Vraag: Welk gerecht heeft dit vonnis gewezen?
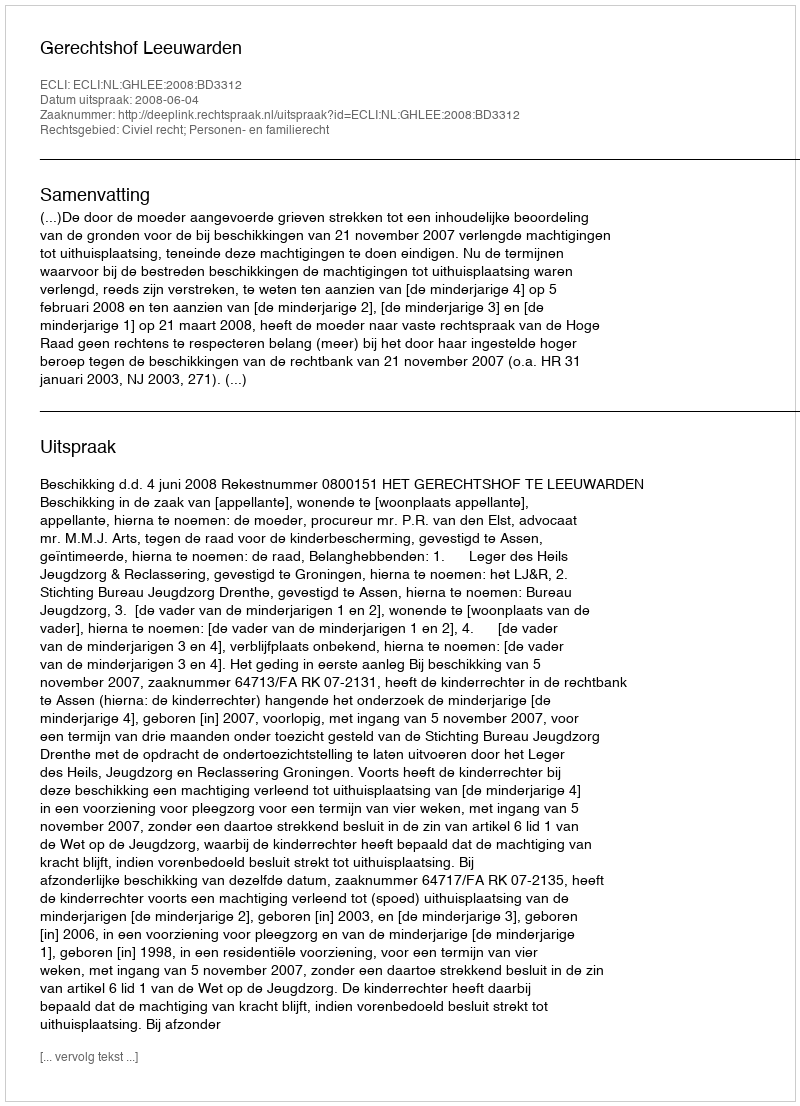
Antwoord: Gerechtshof Leeuwarden